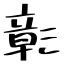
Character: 彰